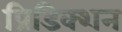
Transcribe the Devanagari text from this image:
प्रिडिक्शन